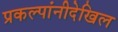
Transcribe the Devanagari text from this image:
प्रकल्पांनीदेखिल